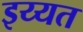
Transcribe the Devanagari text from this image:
इय्यत